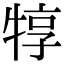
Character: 犉